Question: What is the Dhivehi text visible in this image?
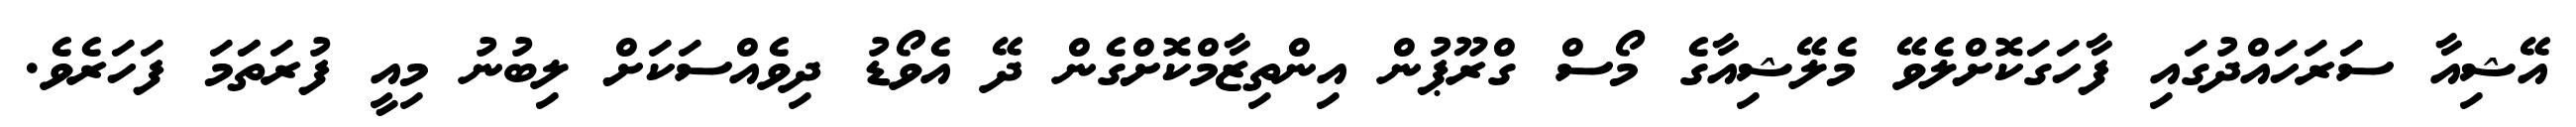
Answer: އޭޝިއާ ސަރަހައްދުގައި ފާހަގަކޮށްލެވޭ މެލޭޝިއާގެ މޯސް ގްރޫޕުން އިންތިޒާމްކޮށްގެން ދޭ އެވޯޑު ދިވެއްސަކަށް ލިބުނު މިއީ ފުރަތަަމަ ފަހަރެވެ.